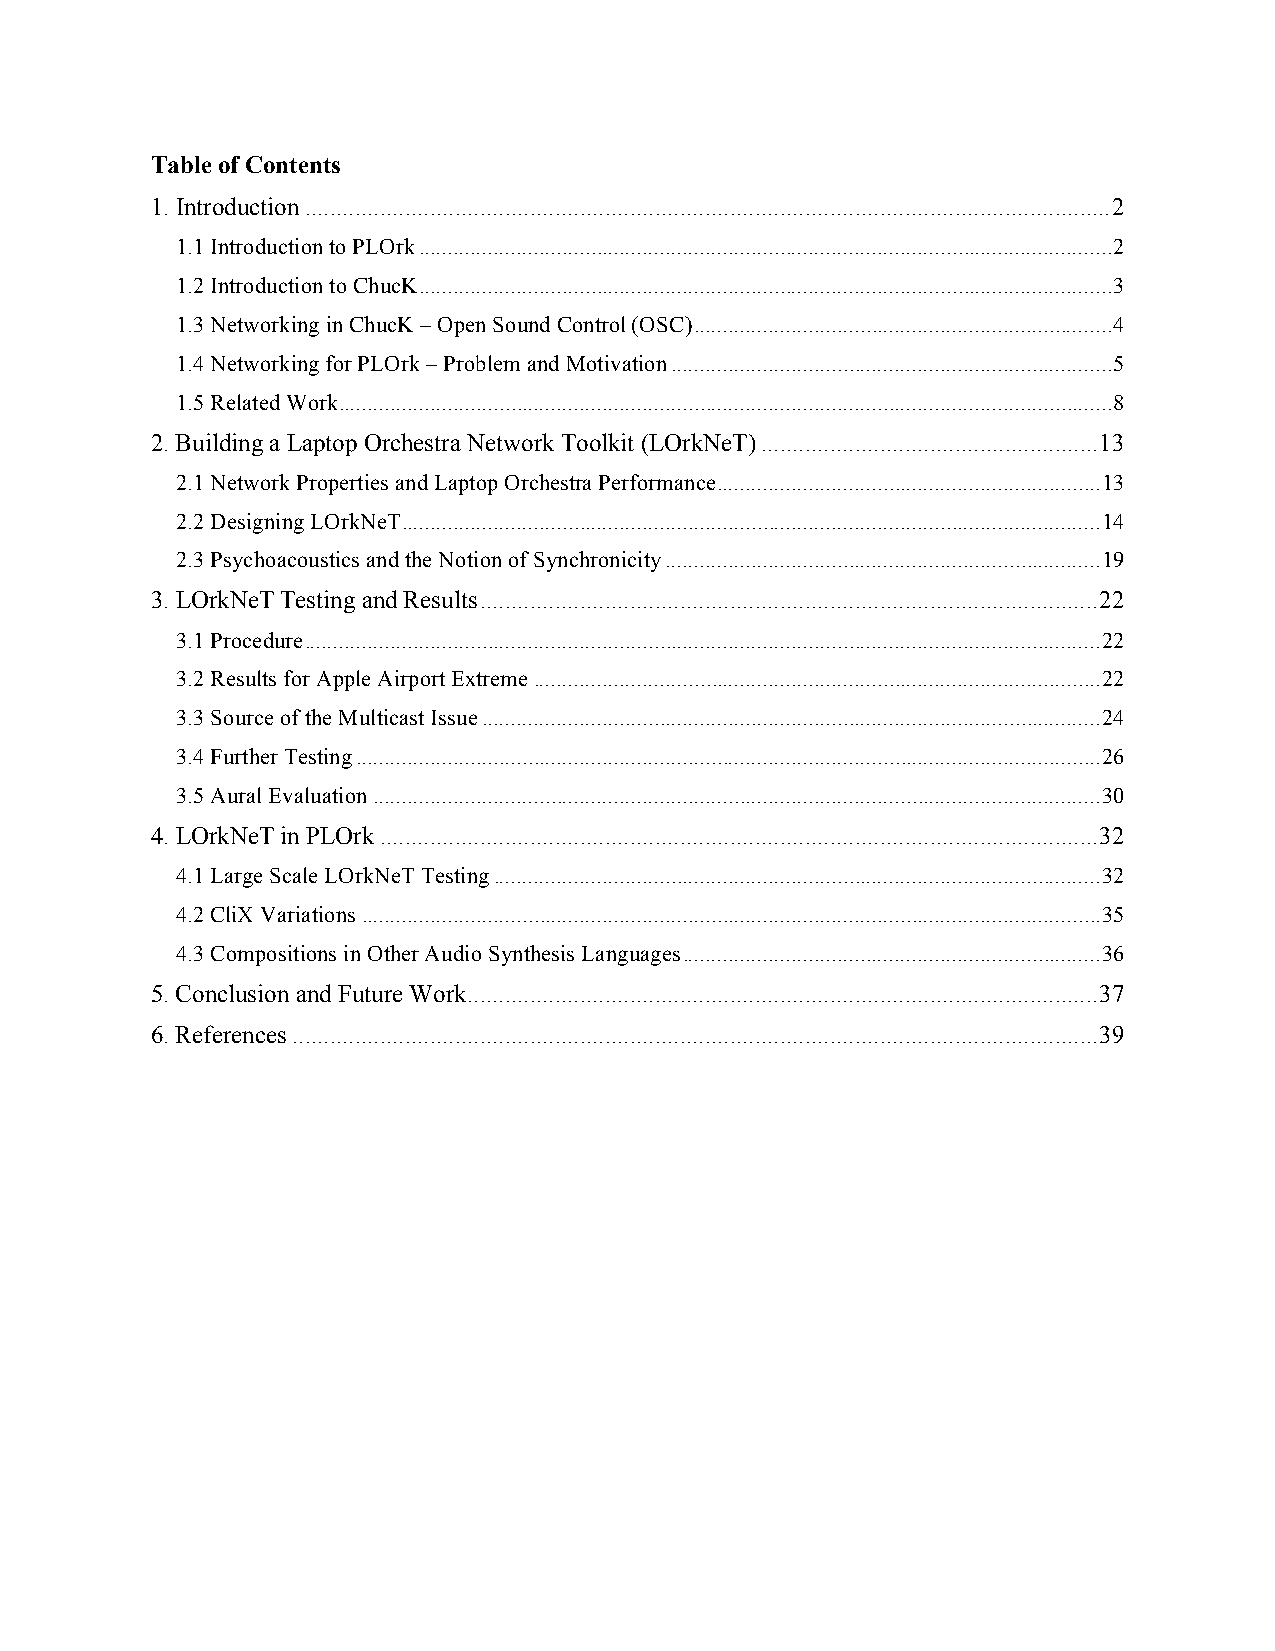
Table of Contents
 1. Introduction.................................................................................................................................2
 1.1 Introduction to PLOrk.........................................................................................................................2
 1.2 Introduction to ChucK.........................................................................................................................3
 1.3 Networking in ChucK – Open Sound Control (OSC).........................................................................4
 1.4 Networking for PLOrk – Problem and Motivation.............................................................................5
 1.5 Related Work.......................................................................................................................................8
 2. Building a Laptop Orchestra Network Toolkit (LOrkNeT)......................................................13
 2.1 Network Properties and Laptop Orchestra Performance...................................................................13
 2.2 Designing LOrkNeT..........................................................................................................................14
 2.3 Psychoacoustics and the Notion of Synchronicity............................................................................19
 3. LOrkNeT Testing and Results...................................................................................................22
 3.1 Procedure...........................................................................................................................................22
 3.2 Results for Apple Airport Extreme...................................................................................................22
 3.3 Source of the Multicast Issue............................................................................................................24
 3.4 Further Testing..................................................................................................................................26
 3.5 Aural Evaluation...............................................................................................................................30
 4. LOrkNeT in PLOrk...................................................................................................................32
 4.1 Large Scale LOrkNeT Testing..........................................................................................................32
 4.2 CliX Variations.................................................................................................................................35
 4.3 Compositions in Other Audio Synthesis Languages.........................................................................36
 5. Conclusion and Future Work.....................................................................................................37
 6. References.................................................................................................................................39